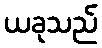
ယခုသည်